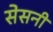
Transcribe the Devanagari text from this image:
सेसनी